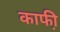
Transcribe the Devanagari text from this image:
काफी़